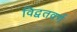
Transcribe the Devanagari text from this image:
विद्वतवर्ग